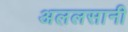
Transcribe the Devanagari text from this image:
अललसानी